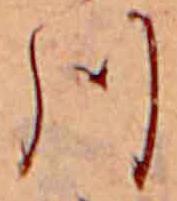
川